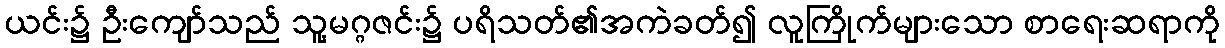
ယင်း၌ ဦးကျော်သည် သူ့မဂ္ဂဇင်း၌ ပရိသတ်၏အကဲခတ်၍ လူကြိုက်များသော စာရေးဆရာကို